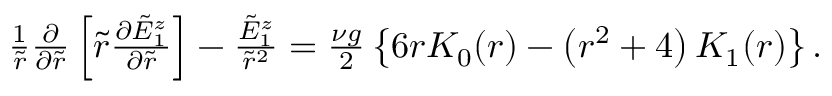
\begin{array} { r } { \frac { 1 } { \tilde { r } } \frac { \partial } { \partial \tilde { r } } \left[ \tilde { r } \frac { \partial \tilde { E } _ { 1 } ^ { z } } { \partial \tilde { r } } \right] - \frac { \tilde { E } _ { 1 } ^ { z } } { \tilde { r } ^ { 2 } } = \frac { \nu g } { 2 } \left\{ 6 r K _ { 0 } ( r ) - \left( r ^ { 2 } + 4 \right) K _ { 1 } ( r ) \right\} . } \end{array}